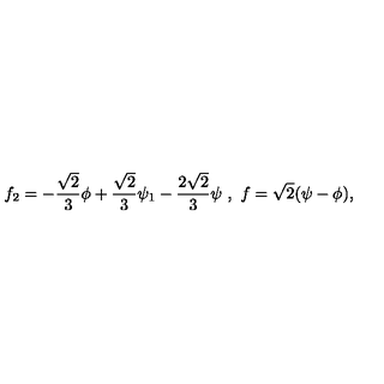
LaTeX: f _ { 2 } = - \frac { \sqrt { 2 } } { 3 } \phi + \frac { \sqrt { 2 } } { 3 } \psi _ { 1 } - \frac { 2 \sqrt { 2 } } { 3 } \psi \ , \ f = \sqrt { 2 } ( \psi - \phi ) ,